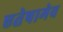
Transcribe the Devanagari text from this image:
एतेषामेव